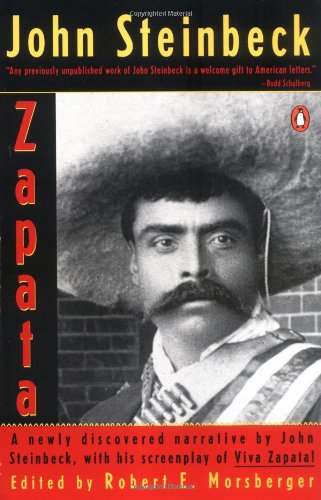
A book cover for Zapata; John Steinbeck; Humor & Entertainment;